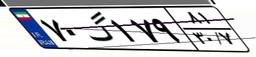
۷۰گ۱۷۹۸۱